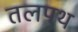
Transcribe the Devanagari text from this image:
तलपथ